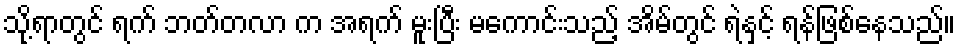
သို့ရာတွင် ရက် ဘတ်တလာ က အရက် မူးပြီး မကောင်းသည့် အိမ်တွင် ရဲနှင့် ရန်ဖြစ်နေသည်။